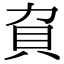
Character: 𧴥